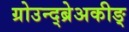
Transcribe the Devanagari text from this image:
ग्रोउन्द्ब्रेअकीङ्